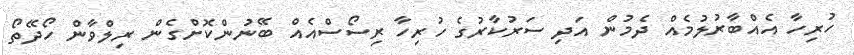
ހުރިހާ އެއްބާރުލުމެއް ދެމުން އަދި ސަރުކާރުގެ ހުރިހާ ރިސޯސްއެއް ބޭނުންކޮށްގެން ރިލްވާން ހޯދޭތޯ